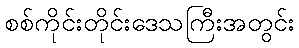
စစ်ကိုင်းတိုင်းဒေသကြီးအတွင်း